Statistical return of the lunatic asylum in Assam - 1912-1932
Year: 1912
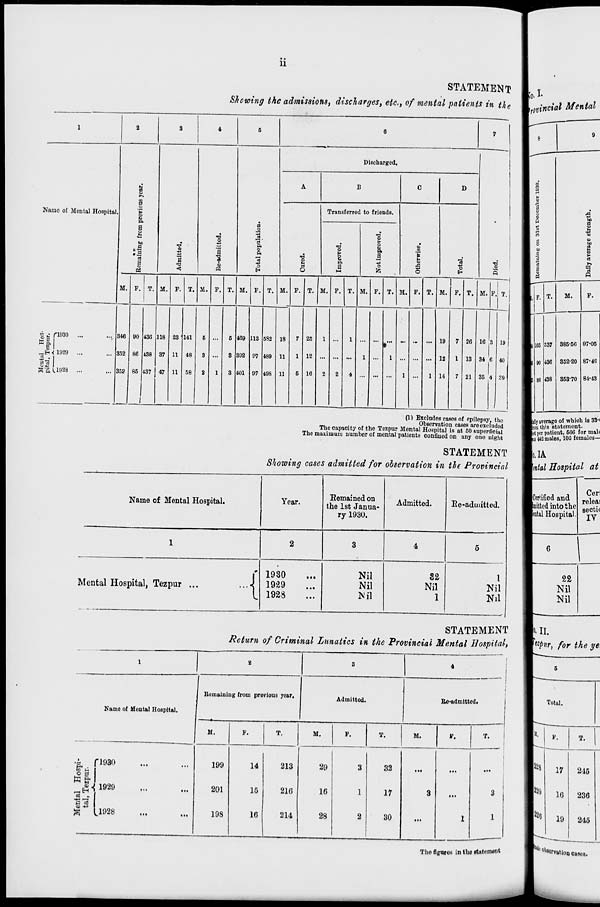
11
STATEMENT
Shewing the admissions, discharges, etc, of mental patients in the
1
2
3
4
5
6
7
Discharged.
A
B
C
D
i p%
0
Name of Mental Hospital.
.2
a
a
Transferred to friends.
•
S
o
p
T3
to
a
"a
"3
O
I
3
f" a o a
>
O
E
|
1
a
a
S
■a
4)
"3
■a
p
e
P.
a
%
3
"3
o
as
<
«
H
O
M
fc
o
H
5
M. F. T. M. P. T. M. F. T. M. F. T. M. F. T. M. F. T. M. F. T. M. F. T. M. F. T. M. V. T.
i „• ri93o
,
h« £ 1
346 90 436 118 23 141
6
6 469 113 582 18
7 25
1
1
...
•'"
19
7 26 16 3 19
Pi a
§ 1 ^
_.H<1920 ...
352 8(1 438 37 11 4R
8
S 392 97 489 11
1 12
1
1
12
1 13 34 C 40
83 1
I
SaU928 ...
352 85
1
437 47 11 58
2
1
3 401 97 498 11
6 16
2
2
4
1
1 14
7 21 36 4 39
(11 Excludes eaHes of epilepsy, tho
Observation cases are excluded
The capacity of the Tezpur Mental Hospital is at 60 superficial
The maximum number of mental patients confined on any one night
STATEMENT
Showing cases admitted for observation in the Provincial
Name of Mental Hospital.
Year.
Remained on
the 1st Janua-
ry 1930.
Admitted.
Re-admitted.
1
2
3
4
5
Mental Hospital, Tezpur ...
..A
1930
1929
1928
Nil
Nil
Nil
82
Nil
1
1
Nil
Nil
STATEMENT
Return of Criminal Lunatics in the Provincial Mental Hospital,
1
2
3
4
Name of Mental Hospital.
f Bomoining from previous year.
Admitted.
Bo-admitted.
M.
F.
T.
M.
F.
T.
M.
F.
T.
•i P930
CO ^ j
ft &l
£•{1929
3~
S
L1928
199
201
198
14
15
16
213
216
214
29
16
28
3
1
2
32
17
30
in
3
in
1
3
1
pi
Lvincial Mental
LT average of whieh is 33*<
«im MB statement,
t per patient. 566 for mal<
• «2 males, 105 females—
o. IA
\tntal Hospital at
■Certified and
pitted into the
tental Hospital
Cen
releai
sectic
IV
22
Nil
Nil
II
tlpu r, for the ye>
5
Total.
K. I F.
T.
228
17
215
220
16
236
226
19
245
The figures in the rtatement
i0 Wvtttion cases.